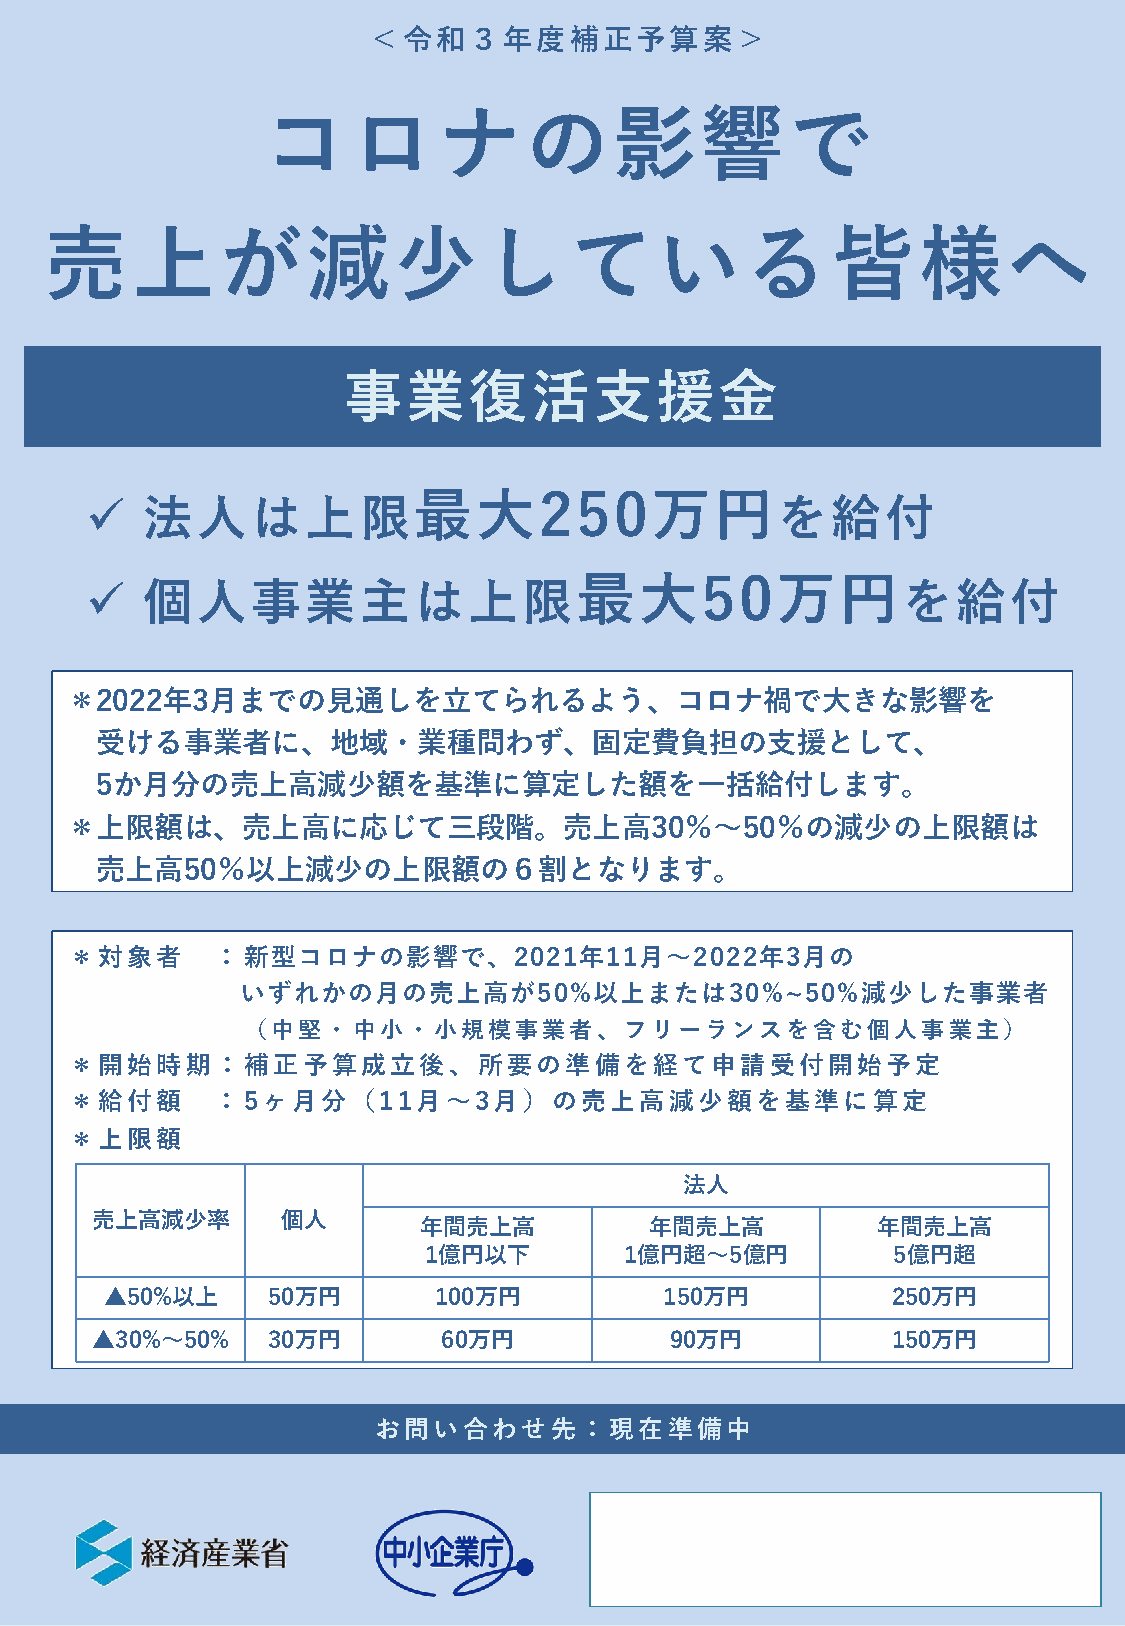
＜令和３年度補正予算案＞
 コロナの影響で
 売上が減少している皆様へ
 事業復活支援金
 最大250万円
   法人は上限                                     を給付
 最大50万円
   個人事業主は上限                                           を給付
 ＊2022年3月までの見通しを立てられるよう、コロナ禍で大きな影響を
 受ける事業者に、地域・業種問わず、固定費負担の支援として、
 5か月分の売上高減少額を基準に算定した額を一括給付します。
 ＊上限額は、売上高に応じて三段階。売上高30％～50％の減少の上限額は
 売上高50％以上減少の上限額の６割となります。
 ＊対象者     ：新型コロナの影響で、2021年11月～2022年3月の
 いずれかの月の売上高が50%以上または30%~50%減少した事業者
 （中堅・中小・小規模事業者、フリーランスを含む個人事業主）
 ＊開始時期：補正予算成立後、所要の準備を経て申請受付開始予定
 ＊給付額     ：5ヶ月分（11月～3月）の売上高減少額を基準に算定
 ＊上限額
 法人
 売上高減少率       個人
 年間売上高          年間売上高          年間売上高
 1億円以下        1億円超～5億円          5億円超
 ▲50%以上     50万円       100万円          150万円          250万円
 ▲30%～50%    30万円       60万円           90万円           150万円
 お問い合わせ先：現在準備中